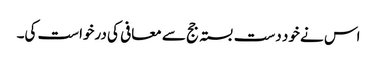
اس نے خود دست بستہ جج سے معافی کی درخواست کی۔